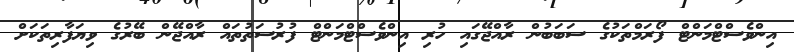
އިންވެސްޓްމަންޓް ފޯރަމްތަކުގެ ސަބަބުން ރާއްޖޭގައި ހުރި އިންވެސްޓްމަންޓް ފުރުސަތުތައް ރާއްޖޭން ބޭރުގެ ވިޔަފާރިތަކަށް